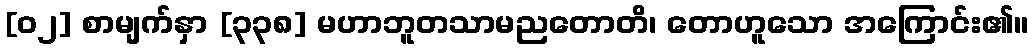
[၀၂] စာမျက်နှာ [၃၃၈] မဟာဘူတသာမညတောတိ၊ တောဟူသော အကြောင်း၏။